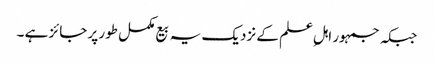
جبکہ جمہور اہلِ علم کے نزدیک یہ بیع مکمل طور پر جائز ہے ۔